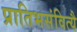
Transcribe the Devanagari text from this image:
प्रातिभसंवित्यै